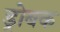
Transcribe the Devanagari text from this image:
ड्रोबक